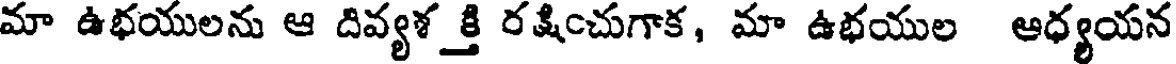
మా ఉభయులను ఆ దివ్యశక్తి రక్షించుగాక, మా ఉభయుల ఆధ్యయన